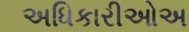
અધિકારીઓઅ